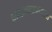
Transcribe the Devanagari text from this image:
तत्त्वज्ञानामधला